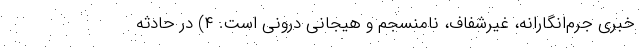
خبری جرم‌انگارانه، غیرشفاف، نامنسجم و هیجانی درونی است. ۴) در حادثه